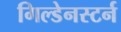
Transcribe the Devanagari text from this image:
गिल्डेनस्टर्न